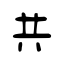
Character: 共